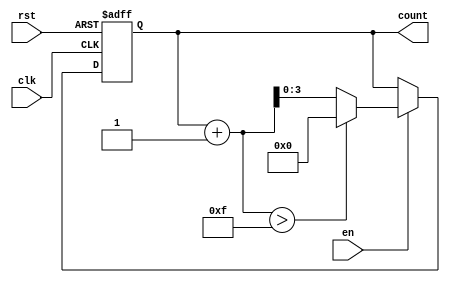
module incremental_counter #(
    parameter INIT_VAL = 0,        // Initial value of the counter
    parameter MAX_VAL = 15,        // Maximum value of the counter
    parameter INC_VAL = 1          // Increment value
)(
    input wire clk,                // Clock signal
    input wire rst,                // Asynchronous reset
    input wire en,                 // Enable signal
    output reg [3:0] count         // 4-bit counter output (adjust width as needed)
);

    // Always block triggered on the rising edge of the clock
    always @(posedge clk or posedge rst) begin
        if (rst) begin
            // Reset the counter to the initial value
            count <= INIT_VAL;
        end else if (en) begin
            // Increment the counter
            if (count + INC_VAL > MAX_VAL) begin
                // Wrap around to initial value if exceeding max value
                count <= INIT_VAL;
            end else begin
                count <= count + INC_VAL;
            end
        end
    end

endmodule